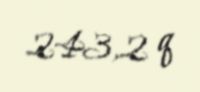
243,2 q